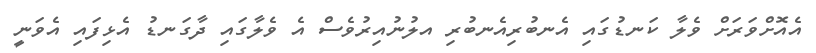
އެއޮށްވަރަށް ވެލާ ކަނޑުގައި އެނބުރިއެނބުރި އލުނުއިރުވެސް އެ ވެލާގައި ދާގަނޑު އެޅިފައި އެވަނީ